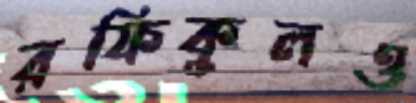
রফিকুলও